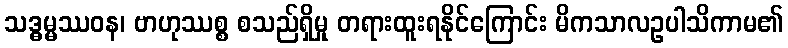
သဒ္ဓမ္မဿဝန၊ ဗာဟုဿစ္စ စသည်ရှိမှု တရားထူးရနိုင်ကြောင်း မိကသာလဥပါသိကာမ၏